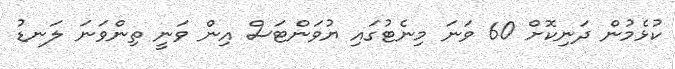
ކުޅެމުން ދަނިކޮށް 60 ވަނަ މިނެޓުގައި ޔުވަންޓަސް އިން ވަނީ ތިންވަނަ ލަނޑު